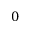
0